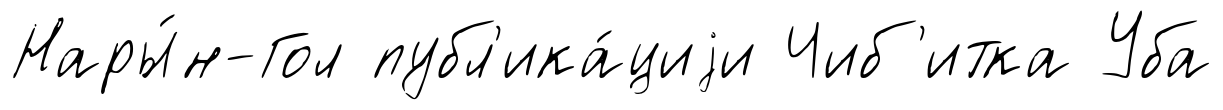
Нары́н-Гол публ'ика́циjи Чиб'итка Уба